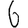
Digit: 6